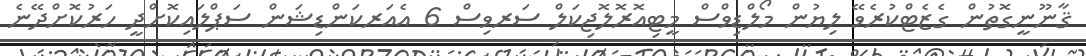
ޤާނޫނީގޮތުން ގެޒެޓްކުރެވޭ ލިޔުން މޯލްޑިވްސް މީޓިއޮރޮލޮޖިކަލް ސަރވިސް 6 އެއަރކަންޑިޝަން ސަޕްލައިކޮށްދީ ހަރުކޮށްދޭނެ